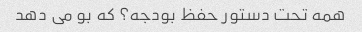
همه تحت دستور حفظ بودجه؟ که بو می دهد